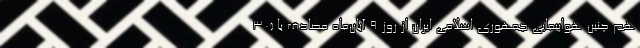
هم چنین هواپیمایی جمهوری اسلامی ایران از روز ۹ آبان‌ماه مصادف با (۳۰